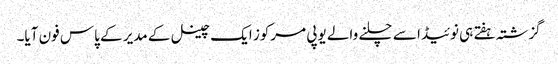
گزشتہ ہفتے ہی نوئیڈا سے چلنے والے یوپی مرکوز ایک چینل کے مدیر کے پاس فون آیا۔